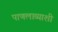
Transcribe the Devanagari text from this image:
पाणलाव्याशी